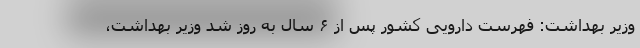
وزیر بهداشت: فهرست دارویی کشور پس از ۶ سال به روز شد وزیر بهداشت،